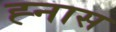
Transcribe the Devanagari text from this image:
ह्नास